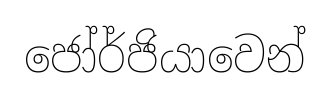
ජෝර්ජියාවෙන්